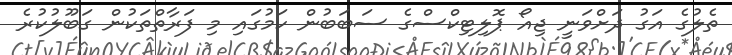
ތެލުގެ އަގު ދަށްވަނީ ޖިއޯ ޕޮލިޓިކްސްގެ ސަބަބުން ކަމުގައި މި ފަރާތްތަކުން ގަބޫލުކުރެ